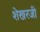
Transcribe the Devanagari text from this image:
शेखरजी